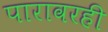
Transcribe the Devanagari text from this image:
पारावरही